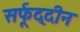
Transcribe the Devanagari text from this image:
सर्फूद्दीन